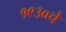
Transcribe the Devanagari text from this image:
१९३०चे